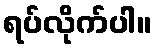
ရပ်လိုက်ပါ။